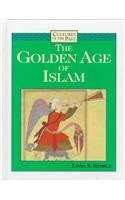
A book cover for The Golden Age of Islam (Cultures of the Past); Linda S. George; Children's Books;